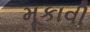
મૂકાવી